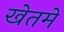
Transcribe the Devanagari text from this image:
खेतमे